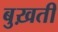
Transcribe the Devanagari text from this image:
बुख़ती